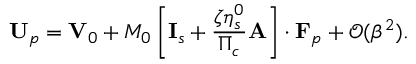
\mathbf { U } _ { p } = \mathbf { V } _ { 0 } + M _ { 0 } \left[ \mathbf { I } _ { s } + \frac { \zeta \eta _ { s } ^ { 0 } } { \Pi _ { c } } \mathbf { A } \right] \boldsymbol { \cdot } \mathbf { F } _ { p } + \mathcal { O } ( \beta ^ { 2 } ) .